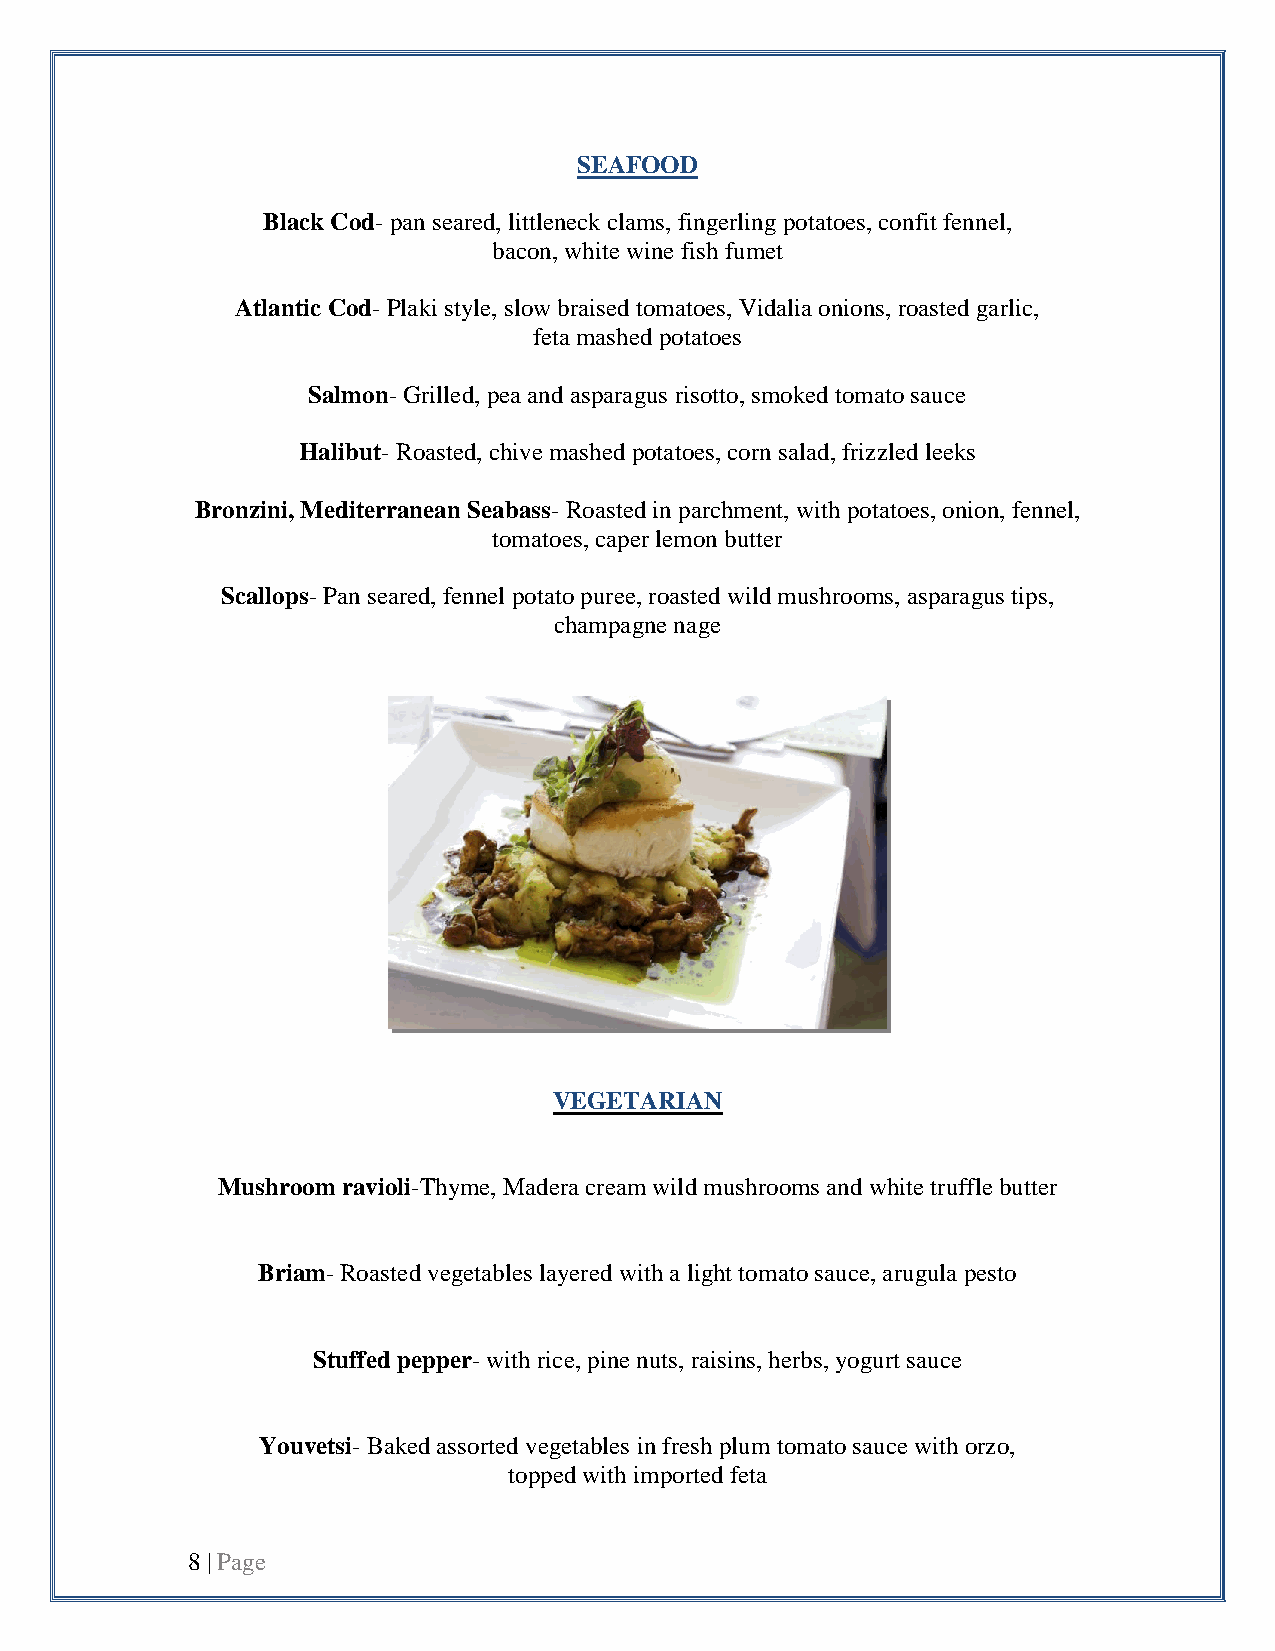
SEAFOOD
 Black Cod- pan seared, littleneck clams, fingerling potatoes, confit fennel,
 bacon, white wine fish fumet
 Atlantic Cod- Plaki style, slow braised tomatoes, Vidalia onions, roasted garlic,
 feta mashed potatoes
 Salmon- Grilled, pea and asparagus risotto, smoked tomato sauce
 Halibut- Roasted, chive mashed potatoes, corn salad, frizzled leeks
 Bronzini, Mediterranean Seabass- Roasted in parchment, with potatoes, onion, fennel,
 tomatoes, caper lemon butter
 Scallops- Pan seared, fennel potato puree, roasted wild mushrooms, asparagus tips,
 champagne nage
 VEGETARIAN
 Mushroom ravioli-Thyme, Madera cream wild mushrooms and white truffle butter
 Briam- Roasted vegetables layered with a light tomato sauce, arugula pesto
 Stuffed pepper- with rice, pine nuts, raisins, herbs, yogurt sauce
 Youvetsi- Baked assorted vegetables in fresh plum tomato sauce with orzo,
 topped with imported feta
 8 | Page